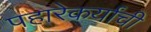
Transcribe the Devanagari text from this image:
पहारेकर्यांची